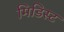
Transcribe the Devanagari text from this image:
मिडिस्ट